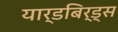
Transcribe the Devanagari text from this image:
यार्डबिर्ड्स